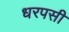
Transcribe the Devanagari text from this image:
धरपसी